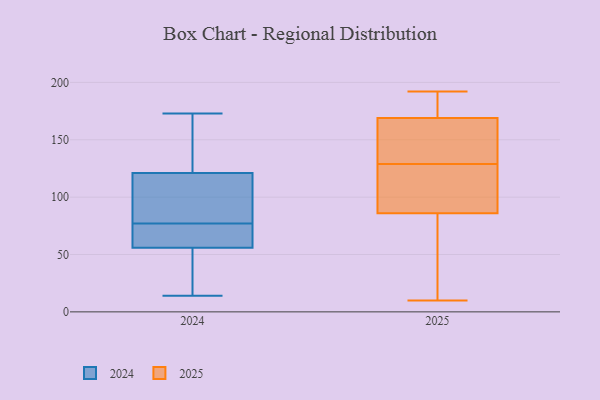
{"axis": {"x": "Market Share (%)", "y": "Value"}, "legend": ["2024", "2025"], "data": [{"x": "", "y": 150, "type": "2025"}, {"x": "", "y": 191, "type": "2025"}, {"x": "", "y": 192, "type": "2025"}, {"x": "", "y": 24, "type": "2025"}, {"x": "", "y": 110, "type": "2025"}, {"x": "", "y": 131, "type": "2025"}, {"x": "", "y": 92, "type": "2025"}, {"x": "", "y": 10, "type": "2025"}, {"x": "", "y": 43, "type": "2025"}, {"x": "", "y": 172, "type": "2025"}, {"x": "", "y": 145, "type": "2025"}, {"x": "", "y": 80, "type": "2025"}, {"x": "", "y": 166, "type": "2025"}, {"x": "", "y": 191, "type": "2025"}, {"x": "", "y": 127, "type": "2025"}, {"x": "", "y": 118, "type": "2025"}, {"x": "", "y": 82, "type": "2024"}, {"x": "", "y": 57, "type": "2024"}, {"x": "", "y": 121, "type": "2024"}, {"x": "", "y": 79, "type": "2024"}, {"x": "", "y": 75, "type": "2024"}, {"x": "", "y": 14, "type": "2024"}, {"x": "", "y": 56, "type": "2024"}, {"x": "", "y": 125, "type": "2024"}, {"x": "", "y": 51, "type": "2024"}, {"x": "", "y": 173, "type": "2024"}]}